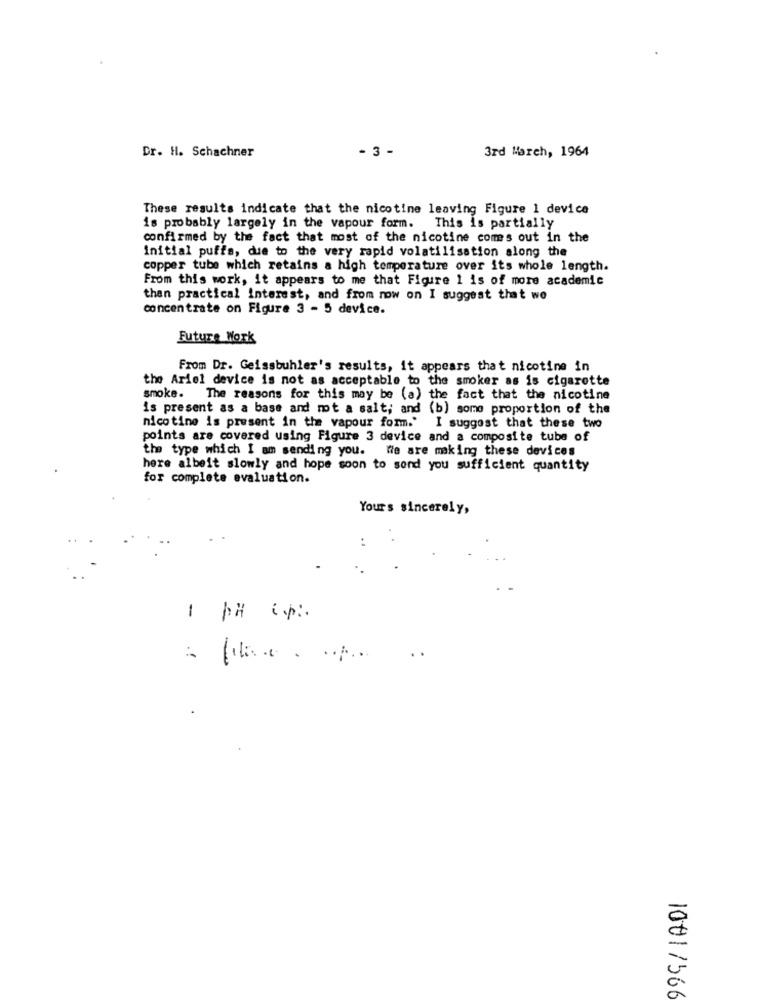
- 3 -
3rd March, 1964
Dr. H. Schachner
These results indicate that the nicotine leaving Figure 1 device
is probably largely in the vapour form. This is partially
confirmed by the fact that most of the nicotine comes out in the
Initial puffs, due to the very rapid volatilisation along the
copper tube which retains a high temperature over its whole length.
From this work, it appears to me that Figure 1 is of more academic
then practical interest, and from now on I suggest that we
concentrate on Figure 3 - 5 device.
Future Work
From Dr. Geissbuhler's results, it appears that nicotine in
the Ariel device is not as acceptable to the smoker as is cigarette
smoke. The reasons for this may be (a) the fact that the nicotine
is present as a base and mot a salt; and (b) some proportion of the
nicotine is present in the vapour form." I suggest that these two
points are covered using Figure 3 device and a composite tube of
the type which I am sending you. We are making these devices
here albeit slowly and hope soon to sond you sufficient quantity
for complete evaluation.
Yours sincerely,
-
..
10011566